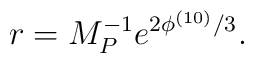
r = M_P^{-1} e^{2\phi^{(10)}/3}.